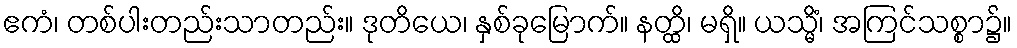
ဧကံ၊ တစ်ပါးတည်းသာတည်း။ ဒုတိယေ၊ နှစ်ခုမြောက်။ နတ္ထိ၊ မရှိ။ ယသ္မိံ၊ အကြင်သစ္စာ၌။